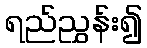
ရည်ညွှန်း၍